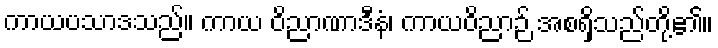
ကာယပသာဒသည်။ ကာယ ဝိညာဏာဒီနံ၊ ကာယဝိညာဉ် အစရှိသည်တို့၏။